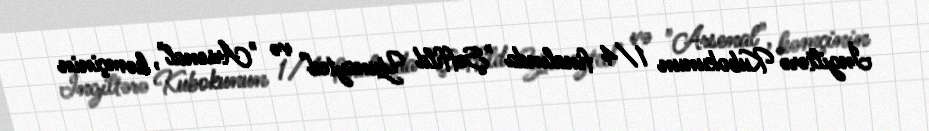
İngiltərə Kubokunun 1/4 finalında "Şeffild Yunayted" və "Arsenal", həmçinin